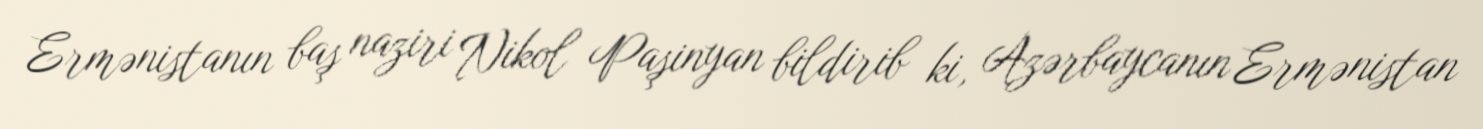
Ermənistanın baş naziri Nikol Paşinyan bildirib ki, Azərbaycanın Ermənistan